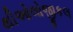
થીઓલોજીકલ